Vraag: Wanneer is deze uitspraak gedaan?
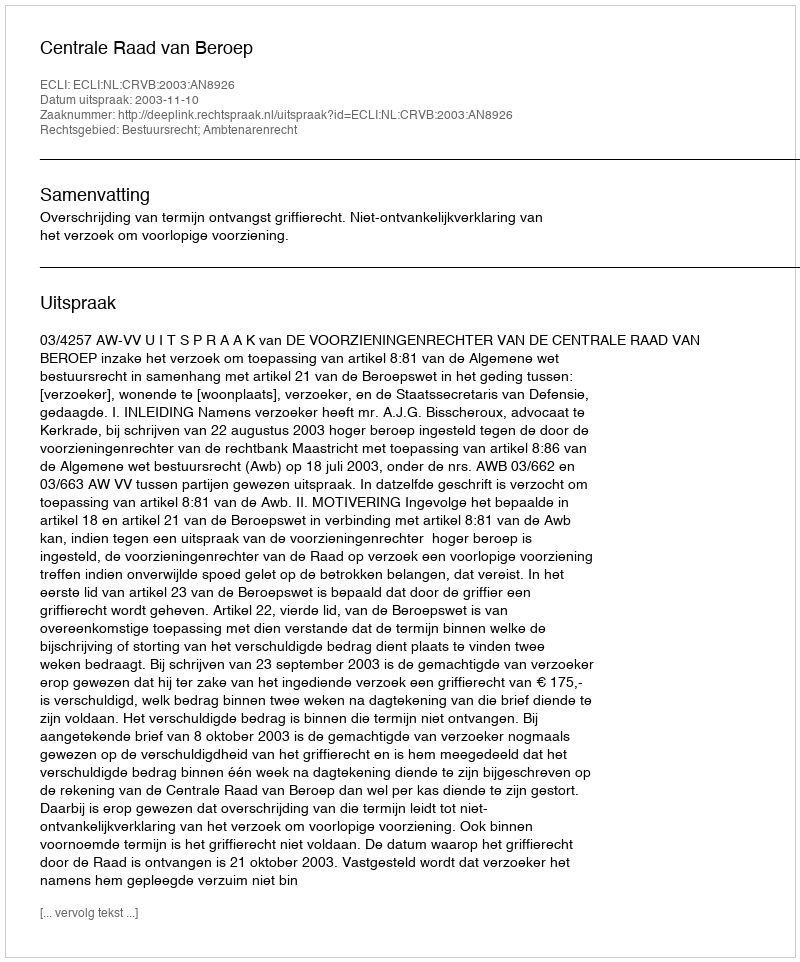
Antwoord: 2003-11-10